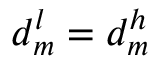
d _ { m } ^ { l } = d _ { m } ^ { h }